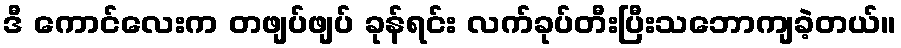
ဒီ ကောင်လေးက တဖျပ်ဖျပ် ခုန်ရင်း လက်ခုပ်တီးပြီးသဘောကျခဲ့တယ်။